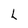
Character: L